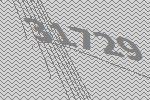
31729